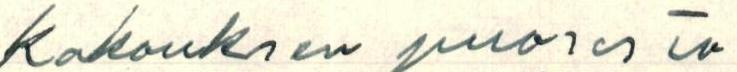
Kokouksen puolesta